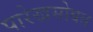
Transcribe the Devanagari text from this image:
पारेखसोबत